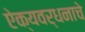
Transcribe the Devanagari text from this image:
ऐक्यवर्धनाचे